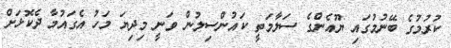
ކުރުމުގެ ބޭނުމުގައި ޔޫއެންގެ ސަލާމަތީ ކައުންސިލުން ވަނީ މިދިޔަ މަހު އެގައުމާ ދެކޮޅަށް